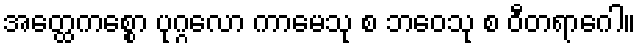
အတ္ထေကစ္စော ပုဂ္ဂလော ကာမေသု စ ဘဝေသု စ ဝီတရာဂေါ။